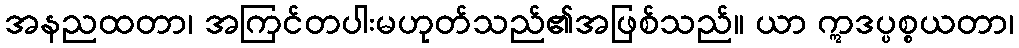
အနညထတာ၊ အကြင်တပါးမဟုတ်သည်၏အဖြစ်သည်။ ယာ ဣဒပ္ပစ္စယတာ၊